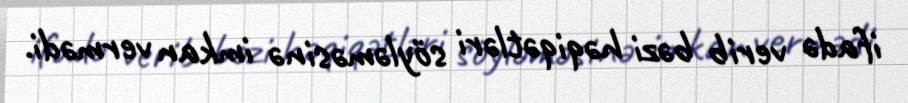
ifadə verib bəzi həqiqətləri söyləməsinə imkan vermədi.